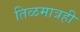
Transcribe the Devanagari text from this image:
तिळमात्रही